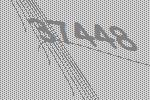
37448